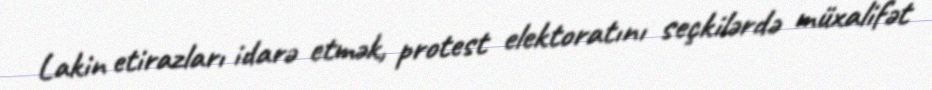
Lakin etirazları idarə etmək, protest elektoratını seçkilərdə müxalifət